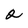
Character: 2